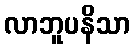
လာဘူပနိသာ